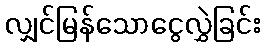
လျှင်မြန်သောငွေလွှဲခြင်း